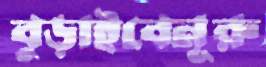
বুড়াইবেনূরু